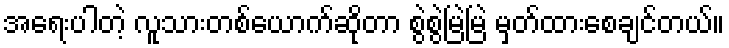
အရေးပါတဲ့ လူသားတစ်ယောက်ဆိုတာ စွဲစွဲမြဲမြဲ မှတ်ထားစေချင်တယ်။